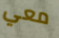
معي